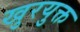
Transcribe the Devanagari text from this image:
खुरयुक्त